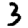
Digit: 3